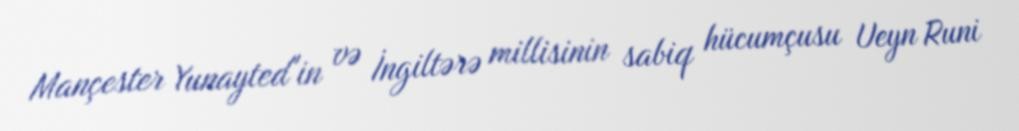
Mançester Yunayted"in və İngiltərə millisinin sabiq hücumçusu Ueyn Runi